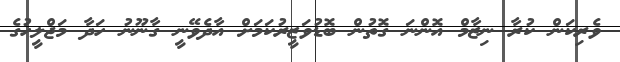
ވެރިކަން ކުރާ ނިޒާމް އޮންނަ ގޮތުން ބޮޑުވަޒީރުކަމަށް އާދެވޭނީ ގާނޫނު ހަދާ މަޖްލީހުގެ